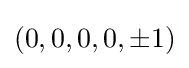
(0,0,0,0,\pm 1)